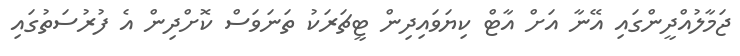
ޖަމާލުއްދީންގައި އޭނާ އަށް އާޓް ކިޔަވައިދިން ޓީޗަރަކު ތަނަވަސް ކޮށްދިން އެ ފުރުސަތުގައި